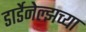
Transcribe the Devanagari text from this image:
डार्डेनेल्झच्या